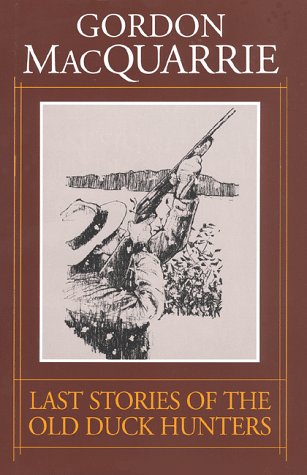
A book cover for Last Stories of the Old Duck Hunters (Game & Fish Mastery Library); Gordon MacQuarrie; Sports & Outdoors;